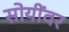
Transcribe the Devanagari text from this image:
सोयींवर